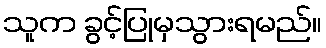
သူက ခွင့်ပြုမှသွားရမည်။